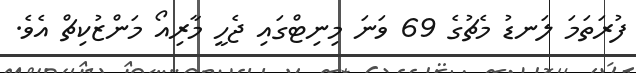
ފުރަތަމަ ލަނޑު މެޗުގެ 69 ވަނަ މިނިޓްގައި ޖެހީ މާރިއޯ މަންޒުކިޗް އެވެ.